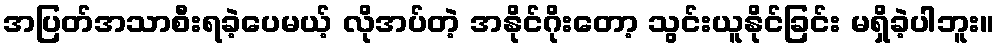
အပြတ်အသာစီးရခဲ့ပေမယ့် လိုအပ်တဲ့ အနိုင်ဂိုးတော့ သွင်းယူနိုင်ခြင်း မရှိခဲ့ပါဘူး။